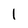
Character: I